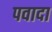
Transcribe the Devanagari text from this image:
पवादा